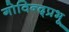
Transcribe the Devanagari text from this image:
गोविन्द्प्रभू